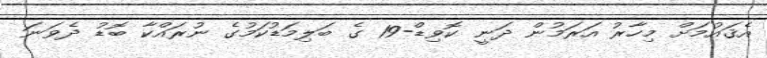
އެޤައުމަށް މިހާރު އަރަމުން ދަނީ ކޮވިޑް-19 ގެ ބަލިމަޑުކަމުގެ ނުރައްކާ ބޮޑު ދެވަނަ